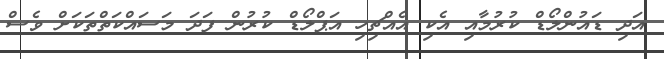
އަދި ޑައުންލޯޑް ކުރުމާއި އެކި އެއްޗިހި އަޕްލޯޑް ކުރުން ފަދަ މަސައްކަތްތަކަށް ވެސް